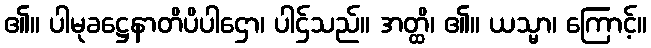
၏။ ပါမုခဋ္ဌေနာတိပိပါဌော၊ ပါဌ်သည်။ အတ္ထိ၊ ၏။ ယသ္မာ၊ ကြောင့်။